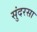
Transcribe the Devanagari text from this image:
सुंदरसा